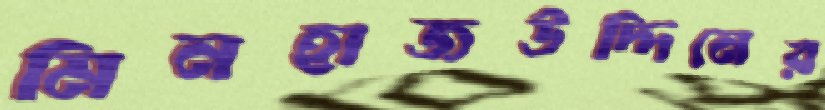
মিনহাজউদ্দিনের